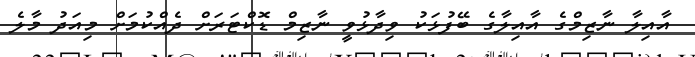
އާއިލާ ނާޒިމްގެ އާއިލާގެ ބޭފުޅަކު ވިދާޅުވީ ނާޒިމް ޑޮކްޓަރަށް ދެއްކުމަށް މިއަދު މާލެ